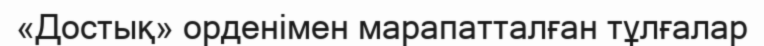
«Достық» орденімен марапатталған тұлғалар